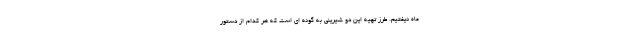
ماه نیفتیم. طرز تهیه این دو شیرینی به گونه ای است که هر کدام از دستور